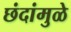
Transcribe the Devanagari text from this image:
छंदांमुळे